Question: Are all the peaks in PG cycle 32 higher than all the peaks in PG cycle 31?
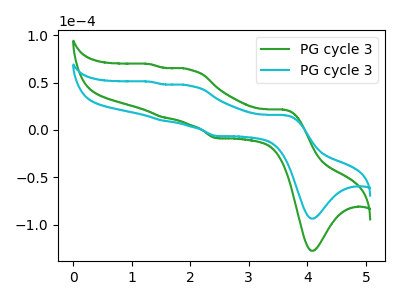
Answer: <think>The green curve "PG cycle 31" has anodic peaks at (3.60V, 21.40uA) (2.00V, 63.70uA) (1.55V, 13.55uA) (1.30V, 69.50uA) and cathodic peaks at (4.10V, -127.60uA) (2.45V, -8.60uA). The cyan curve "PG cycle 32" has anodic peaks at (3.60V, 15.70uA) (2.00V, 46.75uA) (1.55V, 9.95uA) (1.30V, 51.00uA) and cathodic peaks at (4.10V, -93.60uA) (2.45V, -6.30uA).</think>
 <answer>Every peak in "PG cycle 32" is lower than every peak in "PG cycle 31".</answer>
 <eval>lower</eval>